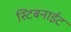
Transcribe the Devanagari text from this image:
स्टिबनाईट